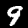
Label: 9